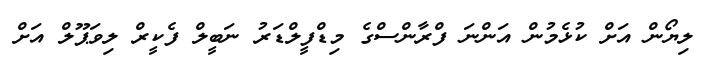
ލިޔޯން އަށް ކުޅެމުން އަންނަ ފްރާންސްގެ މިޑްފީލްޑަރު ނަބީލް ފެކީރް ލިވަޕޫލް އަށް